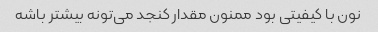
نون با کیفیتی بود ممنون مقدار کنجد می‌تونه بیشتر باشه